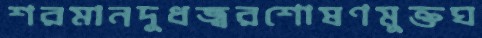
শরমানদুধজ্বরশোষণমুক্তঘ